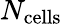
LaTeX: N_{\mathrm{cells}}